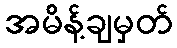
အမိန့်ချမှတ်